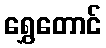
ရွှေတောင်